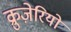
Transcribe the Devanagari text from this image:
क्रुज़ेरियो